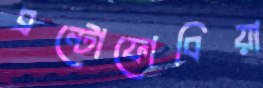
ব্রন্টোফোবিয়া